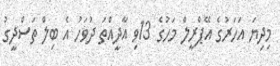
މިދިޔަ އަހަރުގެ އޭޕްރީލް މަހުގެ 13ވި އާދީއްތަ ދުވަހު އެ ބިލް ތަސްދީގު